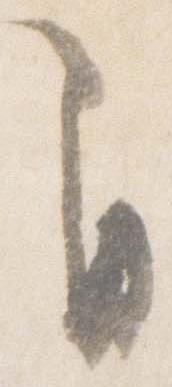
自